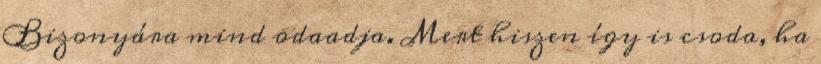
Bizonyára mind odaadja. Mert hiszen így is csoda, ha